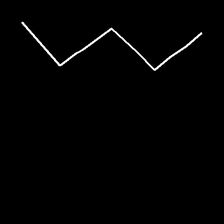
Glyph: crush